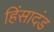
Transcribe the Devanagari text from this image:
हिंसादंड